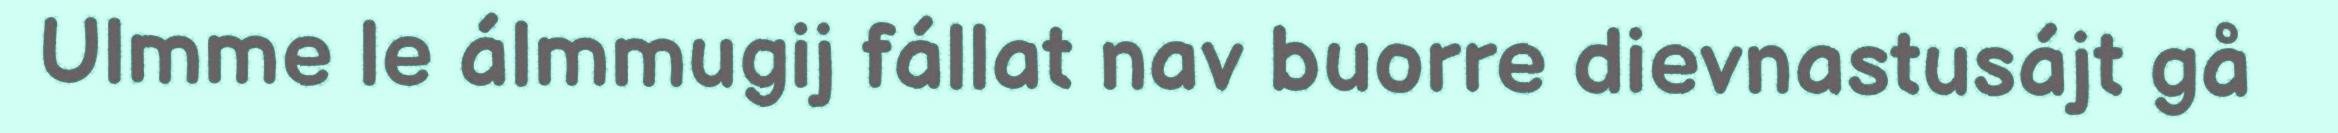
Ulmme le álmmugij fállat nav buorre dievnastusájt gå